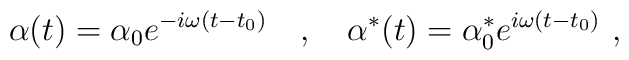
\alpha(t)=\alpha_0e^{-i\omega(t-t_0)}\ \ \ ,\ \ \ \alpha^*(t)=\alpha_0^*e^{i\omega(t-t_0)}\ ,